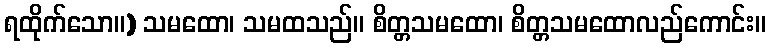
ရထိုက်သော။) သမထော၊ သမထသည်။ စိတ္တသမထော၊ စိတ္တသမထောလည်ကောင်း။